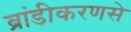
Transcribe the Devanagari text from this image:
ब्रांडीकरणसे